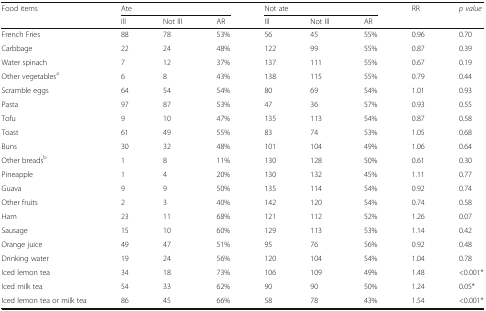
<table><thead><tr><td rowspan="2"><b>Food items</b></td><td colspan="3"><b>Ate</b></td><td colspan="3"><b>Not ate</b></td><td><b>RR</b></td><td><b><i>p value</i></b></td></tr><tr><td><b>Ill</b></td><td><b>Not Ill</b></td><td><b>AR</b></td><td><b>Ill</b></td><td><b>Not Ill</b></td><td><b>AR</b></td><td></td><td></td></tr></thead><tbody><tr><td>French Fries</td><td>88</td><td>78</td><td>53%</td><td>56</td><td>45</td><td>55%</td><td>0.96</td><td>0.70</td></tr><tr><td>Carbbage</td><td>22</td><td>24</td><td>48%</td><td>122</td><td>99</td><td>55%</td><td>0.87</td><td>0.39</td></tr><tr><td>Water spinach</td><td>7</td><td>12</td><td>37%</td><td>137</td><td>111</td><td>55%</td><td>0.67</td><td>0.19</td></tr><tr><td>Other vegetables<sup>a</sup></td><td>6</td><td>8</td><td>43%</td><td>138</td><td>115</td><td>55%</td><td>0.79</td><td>0.44</td></tr><tr><td>Scramble eggs</td><td>64</td><td>54</td><td>54%</td><td>80</td><td>69</td><td>54%</td><td>1.01</td><td>0.93</td></tr><tr><td>Pasta</td><td>97</td><td>87</td><td>53%</td><td>47</td><td>36</td><td>57%</td><td>0.93</td><td>0.55</td></tr><tr><td>Tofu</td><td>9</td><td>10</td><td>47%</td><td>135</td><td>113</td><td>54%</td><td>0.87</td><td>0.58</td></tr><tr><td>Toast</td><td>61</td><td>49</td><td>55%</td><td>83</td><td>74</td><td>53%</td><td>1.05</td><td>0.68</td></tr><tr><td>Buns</td><td>30</td><td>32</td><td>48%</td><td>101</td><td>104</td><td>49%</td><td>1.06</td><td>0.64</td></tr><tr><td>Other breads<sup>b</sup></td><td>1</td><td>8</td><td>11%</td><td>130</td><td>128</td><td>50%</td><td>0.61</td><td>0.30</td></tr><tr><td>Pineapple</td><td>1</td><td>4</td><td>20%</td><td>130</td><td>132</td><td>45%</td><td>1.11</td><td>0.77</td></tr><tr><td>Guava</td><td>9</td><td>9</td><td>50%</td><td>135</td><td>114</td><td>54%</td><td>0.92</td><td>0.74</td></tr><tr><td>Other fruits</td><td>2</td><td>3</td><td>40%</td><td>142</td><td>120</td><td>54%</td><td>0.74</td><td>0.58</td></tr><tr><td>Ham</td><td>23</td><td>11</td><td>68%</td><td>121</td><td>112</td><td>52%</td><td>1.26</td><td>0.07</td></tr><tr><td>Sausage</td><td>15</td><td>10</td><td>60%</td><td>129</td><td>113</td><td>53%</td><td>1.14</td><td>0.42</td></tr><tr><td>Orange juice</td><td>49</td><td>47</td><td>51%</td><td>95</td><td>76</td><td>56%</td><td>0.92</td><td>0.48</td></tr><tr><td>Drinking water</td><td>19</td><td>24</td><td>56%</td><td>120</td><td>104</td><td>54%</td><td>1.04</td><td>0.78</td></tr><tr><td>Iced lemon tea</td><td>34</td><td>18</td><td>73%</td><td>106</td><td>109</td><td>49%</td><td>1.48</td><td>&lt;0.001*</td></tr><tr><td>Iced milk tea</td><td>54</td><td>33</td><td>62%</td><td>90</td><td>90</td><td>50%</td><td>1.24</td><td>0.05*</td></tr><tr><td>Iced lemon tea or milk tea</td><td>86</td><td>45</td><td>66%</td><td>58</td><td>78</td><td>43%</td><td>1.54</td><td>&lt;0.001*</td></tr></tbody></table>